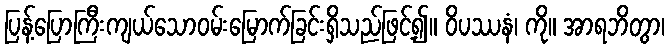
ပြန့်ပြောကြီးကျယ်သောဝမ်းမြောက်ခြင်းရှိသည်ဖြင့်၍။ ဝိပဿနံ၊ ကို။ အာရဘိတွာ၊